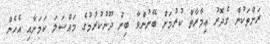
ރަށްތަކުން ގެދޮރު ޢިމާރާތް ކުރުމަށް ބޭނުންވާ ބިން ދޫނުކުރުމުގެ މައްސަލަ ކަމަށާއި އެހެން